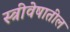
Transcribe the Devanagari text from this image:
स्त्रीवेषातील